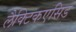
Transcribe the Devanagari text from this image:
लैक्टिकएसिड